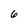
Character: 6